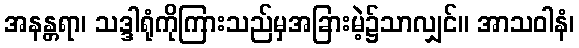
အနန္တရာ၊ သဒ္ဒါရုံကိုကြားသည်မှအခြားမဲ့၌သာလျှင်။ အာသဝါနံ၊